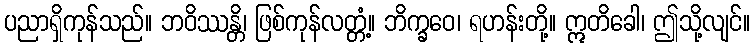
ပညာရှိကုန်သည်။ ဘဝိဿန္တိ၊ ဖြစ်ကုန်လတ္တံ့။ ဘိက္ခဝေ၊ ရဟန်းတို့။ ဣတိခေါ၊ ဤသို့လျင်။